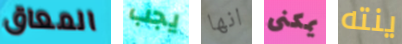
المعاق يجب انها يمكنى ينته